Annual report on the Civil Veterinary Department, Burma (including the Insein Veterinary School) - 1923-1931
Year: 1923
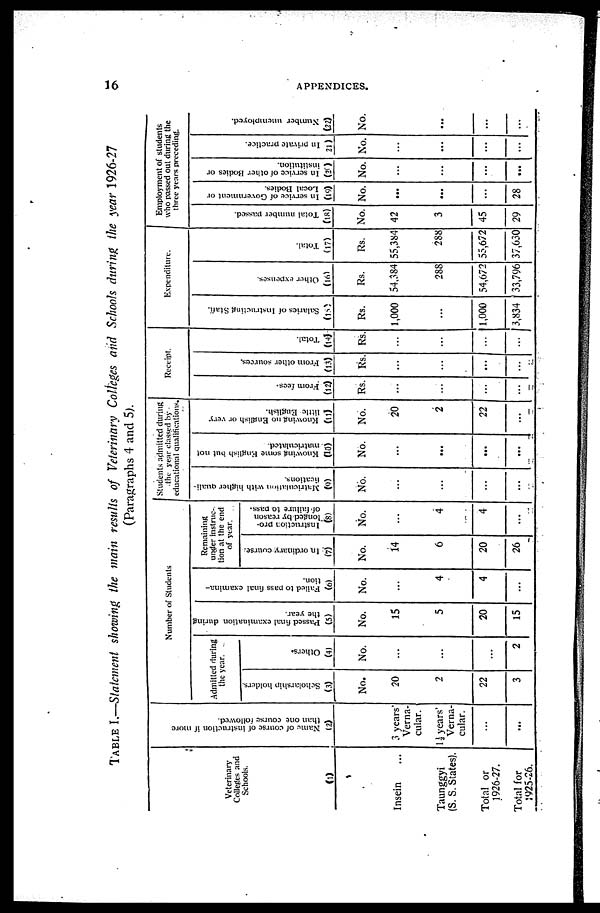
16
APPENDICES.
TABLE I.—Statement showing the main results of Veterinary Colleges and Schools during the year 1926-27
(Paragraphs 4 and 5).
Veterinary
Colleges and
Schools.
(1)
Insein ...
Taunggyi
(S. S. States).
Total or
1926-27.
Total for
1925-26.
Name of course of instruction if more
than one course followed.
(2)
3 years'
Verna-
cular.
1½ years'
Verna-
cular.
...
...
Number of Students
Admitted during
the year.
Scholarship holders.
(3)
No.
20
2
22
3
Others.
(4)
No.
...
...
...
2
Passed final examination during
the year.
(5)
No.
15
5
20
15
Failed to pass final examina-
tion.
(6)
No.
...
4
4
...
Remaining
under instruc-
tion at the end
of year.
In ordinary course.
(7)
No.
14
6
20
26
Instruction pro-
longed by reason
of failure to pass.
(8)
No.
...
4
4
...
Students admitted during
the year classed by
educational qualifications.
Matriculation with higher quali-
fications.
(9)
No.
...
...
...
...
Knowing some English but not
matriculated.
(10)
No.
...
...
...
...
Knowing no English or very
little English.
(11)
No.
20
2
22
...
Receipt.
From fees.
(12)
Rs.
...
...
...
...
From other sources.
(13)
Rs.
...
...
...
...
Total.
(14)
Rs.
...
...
...
...
Expenditure.
Salaries of Instructing Staff.
(15)
Rs.
1,000
...
1,000
3,834
Other expenses.
(16)
Rs.
54,384
288
54,672
33,796
Total.
(17)
Rs.
55,384
288
55,672
37,630
Employment of students
who passed out during the
three years preceding.
Total number passed
(18)
No.
42
3
45
29
In service of Government or
Local Bodies.
(19)
No.
...
...
...
28
In service of other Bodies or
institution.
(20
No.
...
...
...
...
In private practice.
21)
No.
...
...
...
...
Number unemployed.
(22)
No.
...
...
...